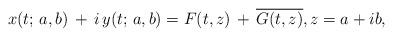
LaTeX: \begin{align*}x(t;\,a,b)\,+\,i\,y(t;\,a,b)=F(t,z) \,+\,\overline{G(t,z)},z=a+ib,\end{align*}